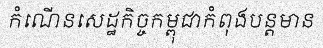
កំណើនសេដ្ឋកិច្ចកម្ពុជាកំពុងបន្តមាន